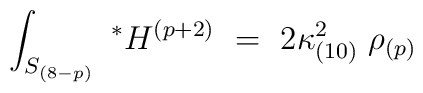
\int_{S_{(8-p)}} \ ^*H^{(p+2)}\  =\  2 \kappa_{(10)}^2 \; \rho_{(p)}